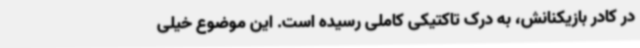
در کادر بازیکنانش، به درک تاکتیکی کاملی رسیده است. این موضوع خیلی